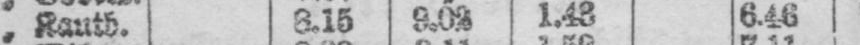
„ Kautb. 8.15 9.02 1.43 6.46